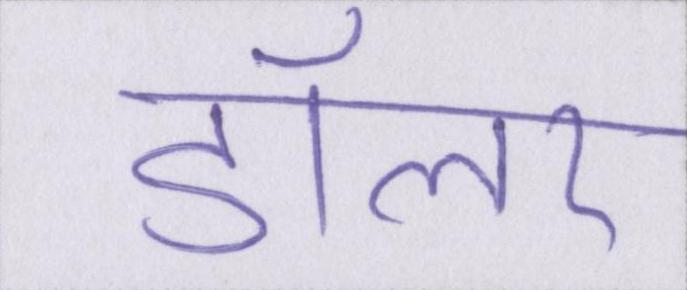
डॉलर